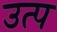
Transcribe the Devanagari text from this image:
उत्प